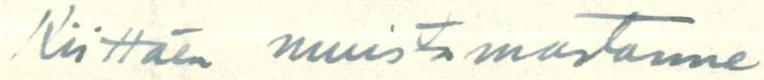
Kiittäen muistamastanne